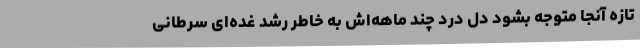
تازه آنجا متوجه بشود دل درد چند ماهه‌اش به خاطر رشد غده‌ای سرطانی